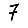
Digit: 7